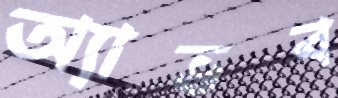
অ্যাভব